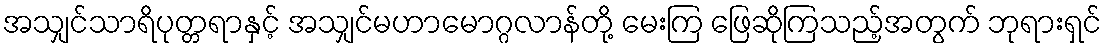
အသျှင်သာရိပုတ္တရာနှင့် အသျှင်မဟာမောဂ္ဂလာန်တို့ မေးကြ ဖြေဆိုကြသည့်အတွက် ဘုရားရှင်